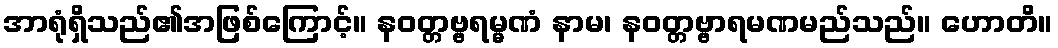
အာရုံရှိသည်၏အဖြစ်ကြောင့်။ နဝတ္တဗ္ဗရမ္မဏံ နာမ၊ နဝတ္တဗ္ဗာရမဏမည်သည်။ ဟောတိ။